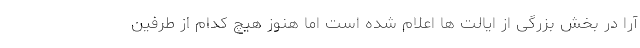
آرا در بخش بزرگی از ایالت ها اعلام شده است اما هنوز هیچ کدام از طرفین